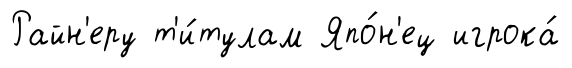
Райн'еру т'и́тулам Япо́н'ец игрока́